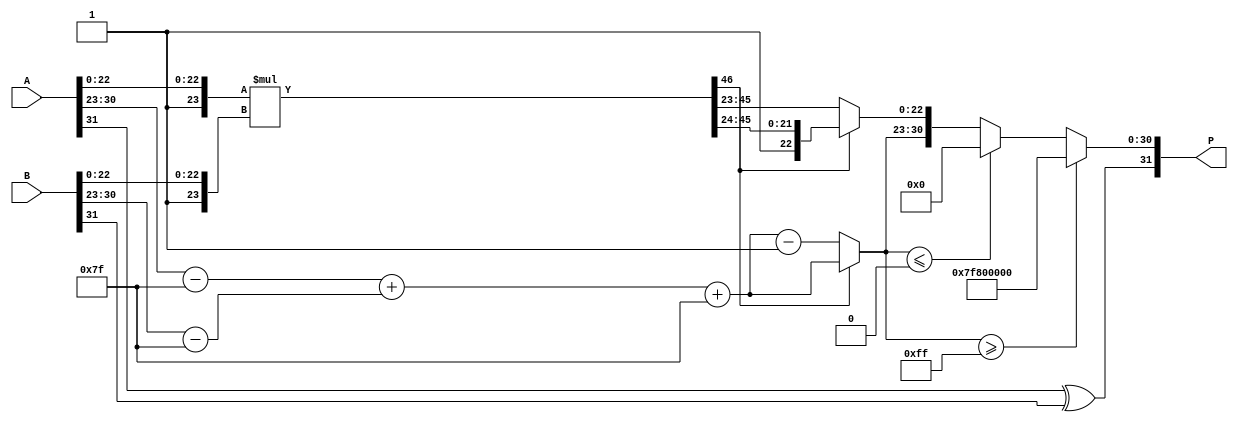
module fp_multiplier (
    input [31:0] A,  // First floating-point number
    input [31:0] B,  // Second floating-point number
    output reg [31:0] P  // Product of A and B
);
    // Constants
    localparam BIAS = 8'd127;
    localparam EXP_WIDTH = 8;
    localparam FRAC_WIDTH = 23;

    // Intermediate variables
    wire S1, S2;                           // Signs of A and B
    wire [EXP_WIDTH-1:0] E1, E2;          // Exponents of A and B
    wire [FRAC_WIDTH-1:0] M1, M2;          // Fractions of A and B
    wire [FRAC_WIDTH:0] M1_ext, M2_ext;    // Extended mantissas with implicit leading one
    wire [EXP_WIDTH + 1:0] E_result;       // Result exponent after addition
    wire [FRAC_WIDTH + FRAC_WIDTH:0] M_result; // Result mantissa
    reg [EXP_WIDTH-1:0] E_final;           // Final stored exponent
    reg S_result;                           // Result sign
    reg [FRAC_WIDTH - 1:0] M_final;        // Final mantissa

    // Extract components
    assign S1 = A[31];
    assign S2 = B[31];
    assign E1 = A[30:23];
    assign E2 = B[30:23];
    assign M1 = A[22:0];
    assign M2 = B[22:0];

    // Extended mantissas (with implicit leading one)
    assign M1_ext = {1'b1, M1}; // 1.M1
    assign M2_ext = {1'b1, M2}; // 1.M2

    // Sign result calculation
    always @(*) begin
        S_result = S1 ^ S2; // XOR for sign
    end

    // Exponent result calculation
    always @(*) begin
        E_result = (E1 - BIAS) + (E2 - BIAS) + BIAS; // E_result calculation
    end

    // Mantissa multiplication
    always @(*) begin
        M_result = M1_ext * M2_ext; // Multiplying mantissas
    end

    // Normalization process
    always @(*) begin
        if (M_result[47] == 1) begin // If result is >= 2
            M_final = M_result[46:24]; // Shift right
            E_final = E_result + 1; // Increment exponent
        end else if (M_result[46] == 0) begin // If result < 1
            M_final = M_result[45:23]; // Shift left
            E_final = E_result - 1; // Decrement exponent
        end else begin
            M_final = M_result[46:24]; // Already normalized
            E_final = E_result; // Keep exponent
        end
    end

    // Assign the output
    always @(*) begin
        // Handle overflow and underflow
        if (E_final >= 8'b11111111) begin
            P = {S_result, 8'b11111111, 23'b0}; // Set to infinity
        end else if (E_final <= 0) begin
            P = {S_result, 8'b00000000, 23'b0}; // Set to zero
        end else begin
            P = {S_result, E_final, M_final}; // Assemble final output
        end
    end
endmodule